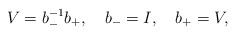
\begin{align*}V=b_-^{-1} b_+, \ \ \ b_-=I, \ \ \ b_+=V,\end{align*}